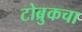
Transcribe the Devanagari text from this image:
टोब्रुकचा